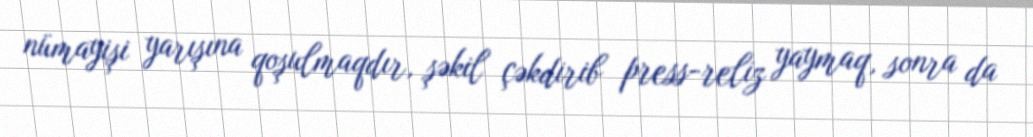
nümayişi yarışına qoşulmaqdır, şəkil çəkdirib press-reliz yaymaq, sonra da